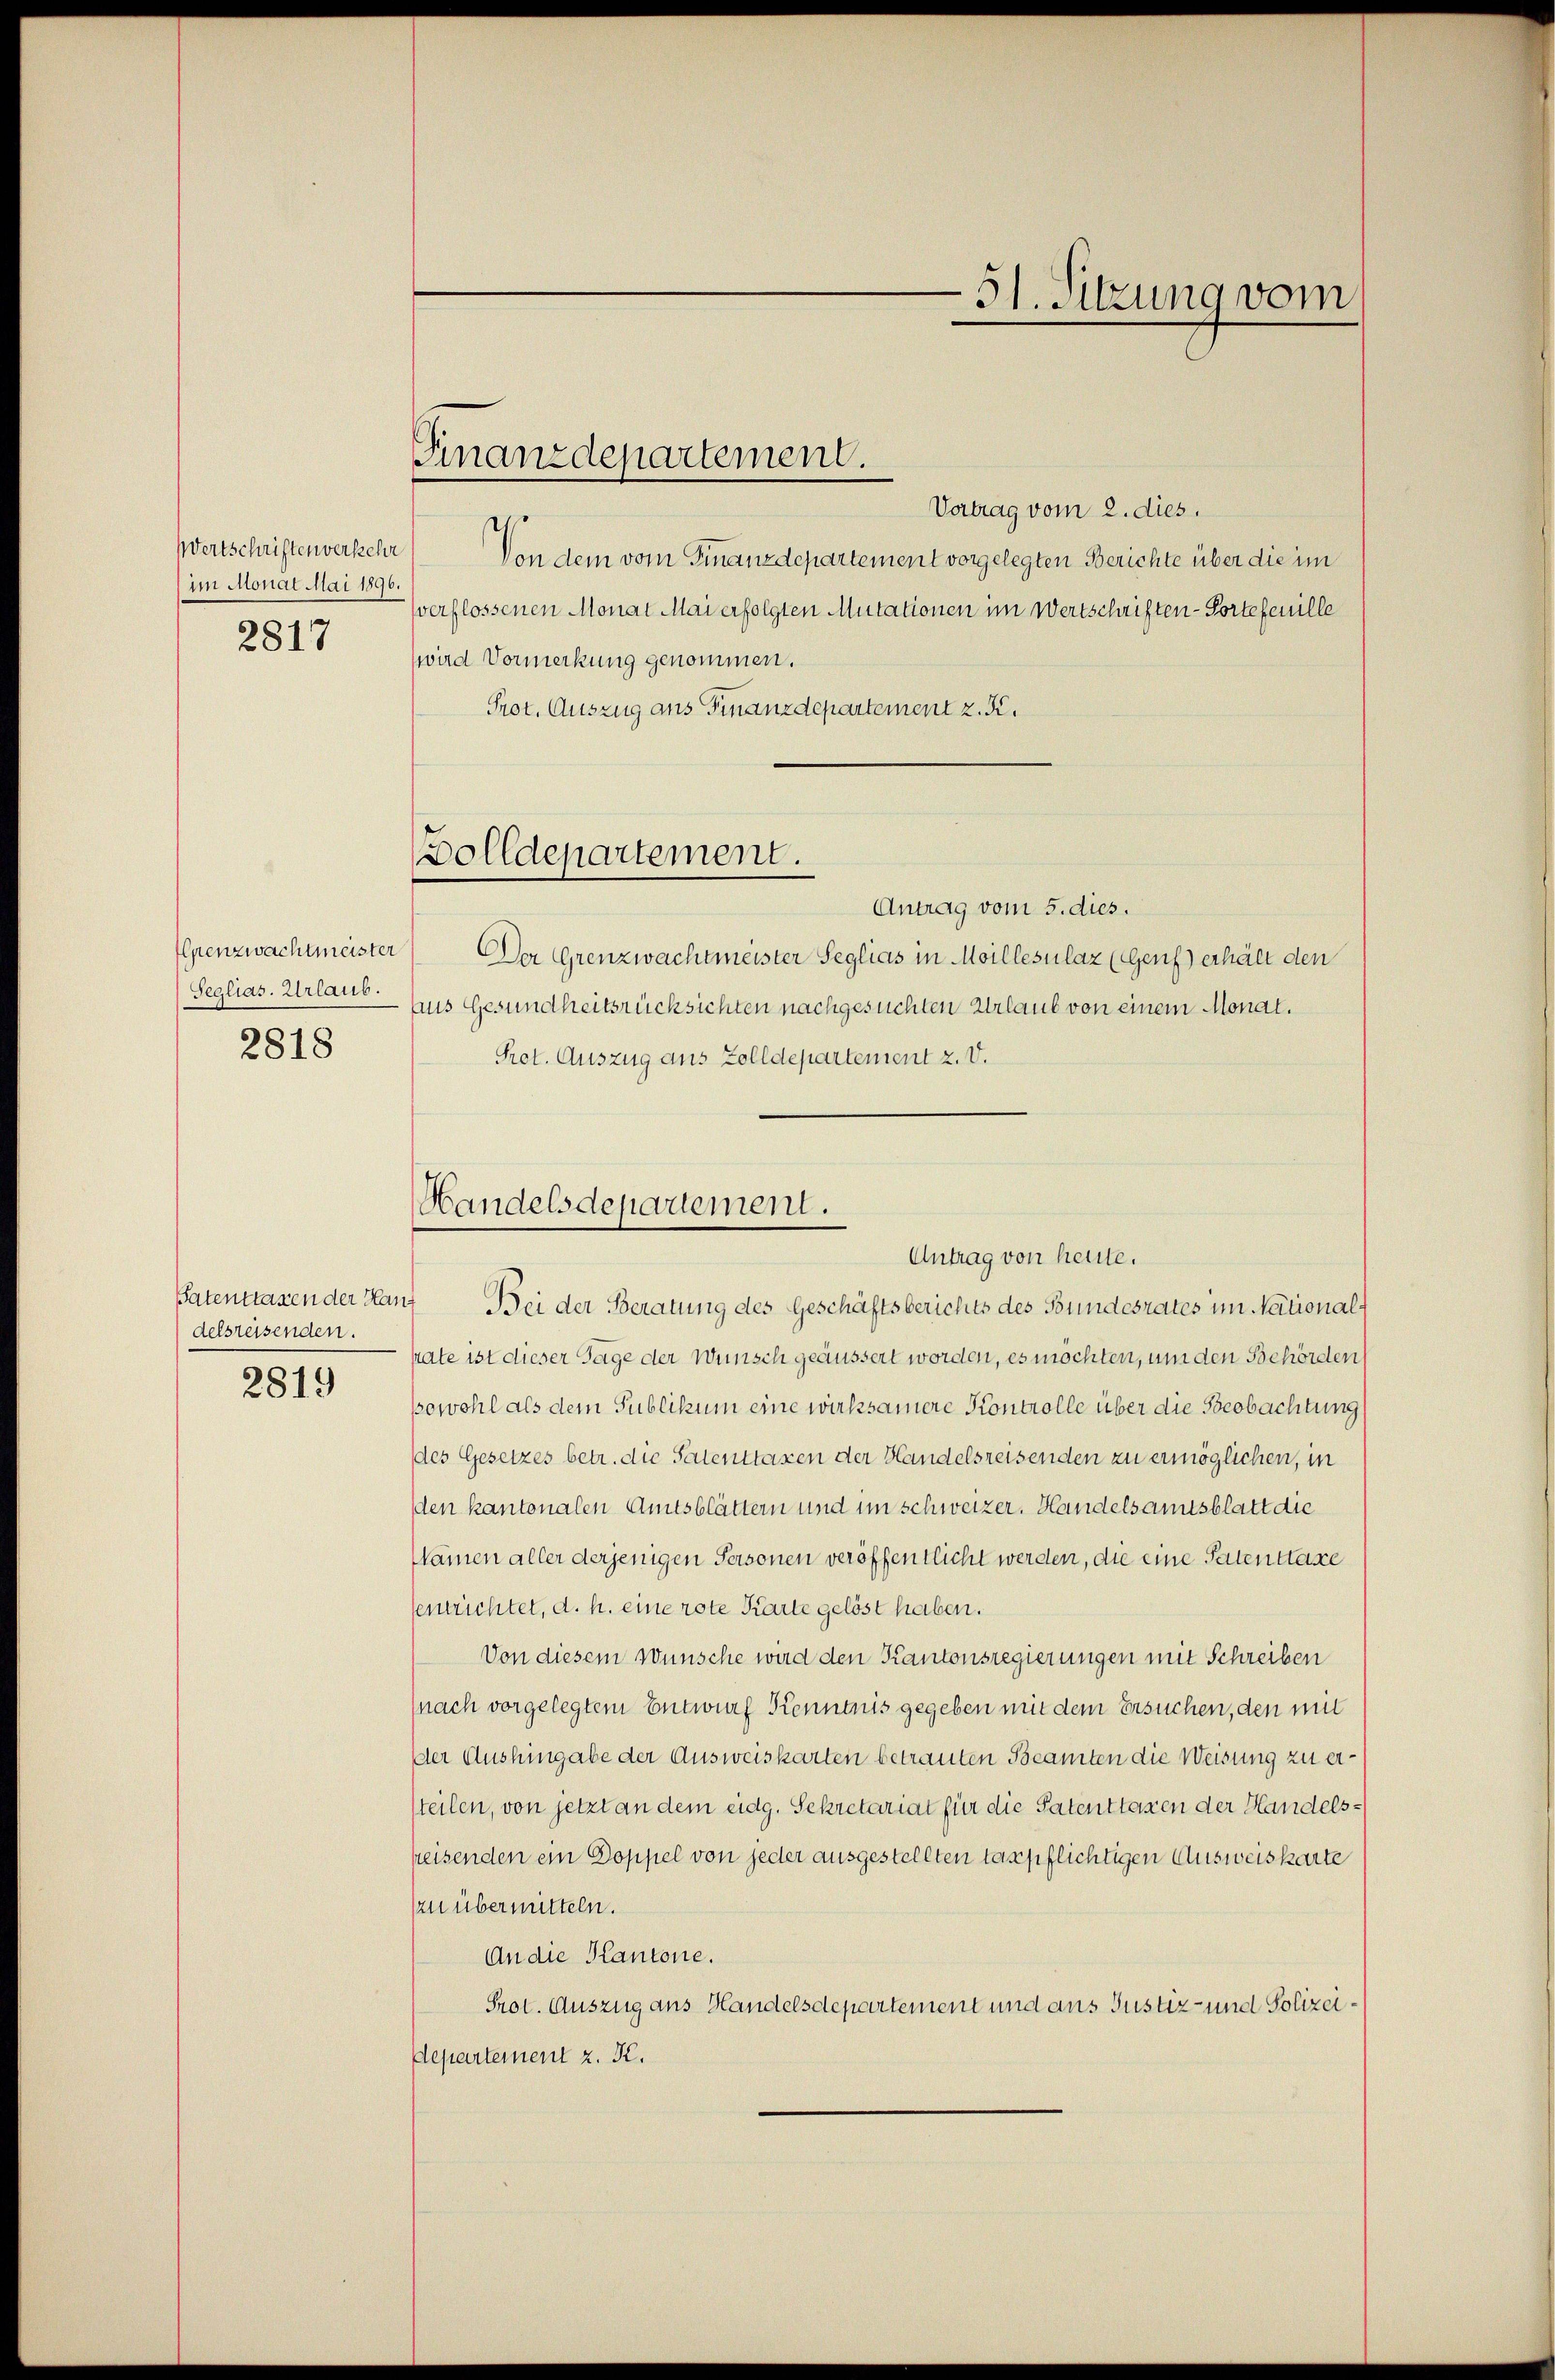
Wertschriften verkehr
(im Monat Mai 1896.
2817

Seglias. Urlaub.
2818

delsreisenden.
2819

Finanzdepartement.

Vortrag vom 2. dies.
Von dem vom Finanzdepartement vorgelegten Berichte über die im
sverflossenen Monat Mai erfolgten Mutationen im Wertschriften-Portefeuille
wird Vormerkung genommen.
Prot. Auszug aus Finanzdepartement z. K.
olldepartement.
Antrag vom 5. dies.
penzwachtmeister Der Grenzwachtmeister Seglias in Moillesulaz (Genf erhält den
Aus Gesundheitsrücksichten nachgesuchten Urlaub von einem Monat.
Pret. Auszug aus Zolldepartement 2. V.

Handelsdepartement.
Antrag von heute.

-51. Sitzung vom

Patentrassen der Hanf Bei der Beratung des Geschäftsberichts des Bundesrates im Nationalhate ist dieser Tage der Wunsch geäussert worden, es möchten, um den Behörden
sowohl als dem Publikum eine wirksamere Kontrolle über die Beobachtung
des Gesetzes betr. die Patenttaxen der Handelsreisenden zu ermöglichen, in
den kantonalen Amtsblättern und im schweizer. Handelsamtsblatt die
Namen aller derjenigen Personen veröffentlicht werden, die eine Patenttaxe
semrichtet, d. h. eine rote Karte gelöst haben.
Von diesem Wünsche wird den Kantonsregierungen mit Schreiben
(nach vorgelegtem Entwurf Kenntnis gegeben mit dem Ersuchen, den mit
der Aushingabe der Ausweiskarten betrauten Beamten die Weisung zu ersteilen, von jetzt an dem eidg. Sekretariat für die Patenttaxen der Handelspeisenden ein Doppel von jeder ausgestellten taxpflichtigen Ausweiskarte
zu übermitteln.
An die Kantone.
Prot. Auszug aus Handelsdepartement und aus Justiz- und Polizei¬
Departement z. K.